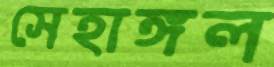
সেহাঙ্গল